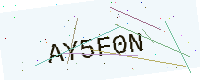
Text: AY5F0N